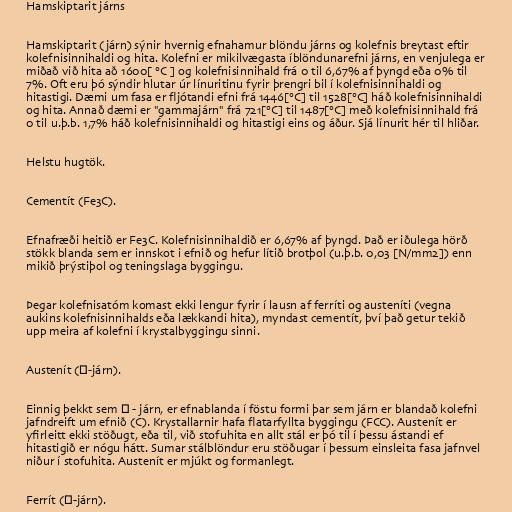
Hamskiptarit járns

Hamskiptarit (járn) sýnir hvernig efnahamur blöndu járns og kolefnis breytast eftir
kolefnisinnihaldi og hita. Kolefni er mikilvægasta íblöndunarefni járns, en venjulega er
miðað við hita að 1600[ °C ] og kolefnisinnihald frá 0 til 6,67% af þyngd eða 0% til
7%. Oft eru þó sýndir hlutar úr línuritinu fyrir þrengri bil í kolefnisinnihaldi og
hitastigi. Dæmi um fasa er fljótandi efni frá 1446[°C] til 1528[°C] háð kolefnisinnihaldi
og hita. Annað dæmi er "gammajárn" frá 721[°C] til 1487[°C] með kolefnisinnihald frá
0 til u.þ.b. 1,7% háð kolefnisinnihaldi og hitastigi eins og áður. Sjá línurit hér til hliðar.

Helstu hugtök.

Cementít (Fe3C).

Efnafræði heitið er Fe3C. Kolefnisinnihaldið er 6,67% af þyngd. Það er iðulega hörð
stökk blanda sem er innskot i efnið og hefur lítið brotþol (u.þ.b. 0,03 [N/mm2]) enn
mikið þrýstiþol og teningslaga byggingu.

Þegar kolefnisatóm komast ekki lengur fyrir í lausn af ferríti og austeníti (vegna
aukins kolefnisinnihalds eða lækkandi hita), myndast cementít, því það getur tekið
upp meira af kolefni í krystalbyggingu sinni.

Austenít (γ-járn).

Einnig þekkt sem γ - járn, er efnablanda í föstu formi þar sem járn er blandað kolefni
jafndreift um efnið (C). Krystallarnir hafa flatarfyllta byggingu (FCC). Austenít er
yfirleitt ekki stöðugt, eða til, við stofuhita en allt stál er þó til í þessu ástandi ef
hitastigið er nógu hátt. Sumar stálblöndur eru stöðugar í þessum einsleita fasa jafnvel
niður í stofuhita. Austenít er mjúkt og formanlegt.

Ferrít (α-járn).